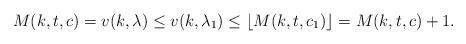
LaTeX: \begin{align*}M(k,t,c)=v(k,\lambda) \leq v(k,\lambda_1)\leq \lfloor M(k,t,c_1) \rfloor = M(k,t,c)+1. \end{align*}